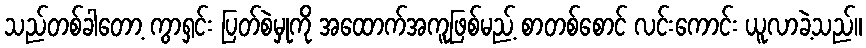
သည်တစ်ခါတော့ ကွာရှင်း ပြတ်စဲမှုကို အထောက်အကူဖြစ်မည့် စာတစ်စောင် လင်းကောင်း ယူလာခဲ့သည်။